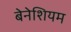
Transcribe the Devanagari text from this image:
बेनेशियम